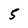
Character: 5